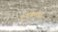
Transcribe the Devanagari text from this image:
इनहिबटर्स